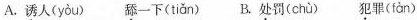
A.诱人(yòu) 舔一下(tiǎn) B.处罚(chù) 犯罪(fàn)